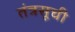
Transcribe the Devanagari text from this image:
तंत्रसूची